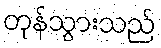
တုန်သွားသည်